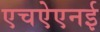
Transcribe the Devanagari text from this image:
एचऐएनई